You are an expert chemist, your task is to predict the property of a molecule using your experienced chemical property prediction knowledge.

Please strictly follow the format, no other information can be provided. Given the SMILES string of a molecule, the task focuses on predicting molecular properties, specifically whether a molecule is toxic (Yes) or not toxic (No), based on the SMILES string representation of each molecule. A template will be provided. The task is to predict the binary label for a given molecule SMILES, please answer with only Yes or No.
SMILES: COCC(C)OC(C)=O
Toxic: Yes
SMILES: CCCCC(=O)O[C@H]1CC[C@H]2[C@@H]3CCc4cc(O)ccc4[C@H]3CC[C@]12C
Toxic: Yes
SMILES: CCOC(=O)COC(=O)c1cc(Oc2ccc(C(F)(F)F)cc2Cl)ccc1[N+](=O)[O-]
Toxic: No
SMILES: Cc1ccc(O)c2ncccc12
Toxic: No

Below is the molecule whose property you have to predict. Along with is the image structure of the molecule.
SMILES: Clc1cc(Cl)c(OCC#CI)cc1Cl
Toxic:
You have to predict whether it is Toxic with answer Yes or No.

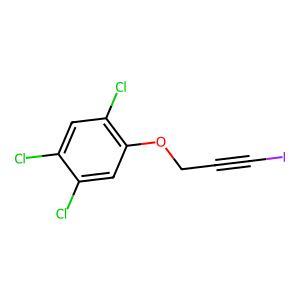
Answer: No